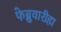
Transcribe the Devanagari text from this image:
फेब्रुवारीहा